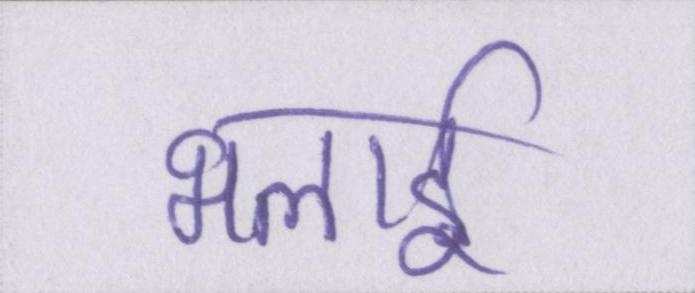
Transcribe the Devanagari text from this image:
भलाई